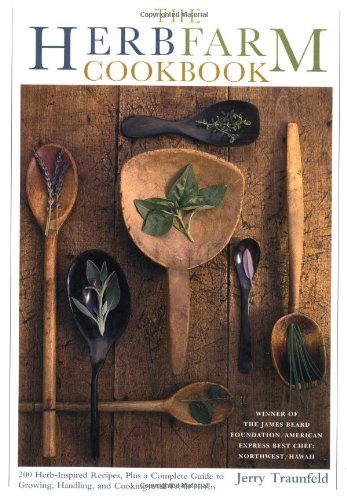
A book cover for The Herbfarm Cookbook; Jerry Traunfeld; Cookbooks, Food & Wine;